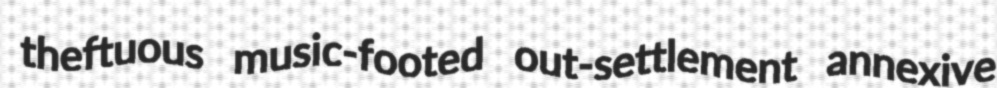
theftuous music-footed out-settlement annexive